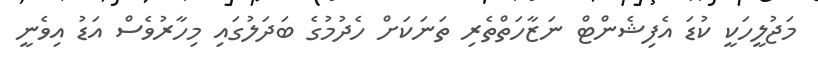
މަޖުލީހަކީ ކުޑަ އެފިޝެންޓް ނަޒާހަތްތެރި ތަނަކަށް ހެދުމުގެ ބަދަލުގައި މިހާރުވެސް އަޑު އިވެނީ